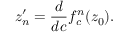
z _ { n } ^ { \prime } = { \frac { d } { d c } } f _ { c } ^ { n } ( z _ { 0 } ) .